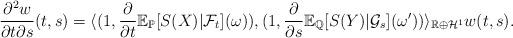
LaTeX: \begin{align*}\frac{\partial^2 w}{\partial t\partial s}(t,s) = \langle (1,\frac{\partial}{\partial t}\mathbb{E}_{\mathbb{P}}[S(X)|\mathcal{F}_t](\omega)), (1,\frac{\partial}{\partial s}\mathbb{E}_{\mathbb{Q}}[S(Y)|\mathcal{G}_s](\omega^\prime)) \rangle_{\mathbb{R} \oplus \mathcal{H}^1}w(t,s).\end{align*}